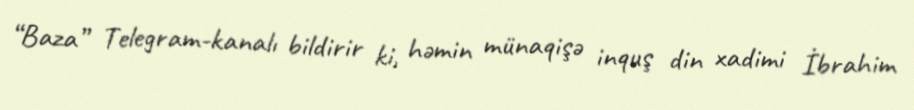
“Baza” Telegram-kanalı bildirir ki, həmin münaqişə inquş din xadimi İbrahim